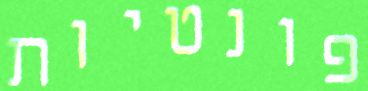
פונטיות